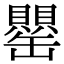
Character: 罌